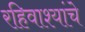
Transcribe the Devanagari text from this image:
रहिवाश्यांचे